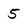
Character: 5